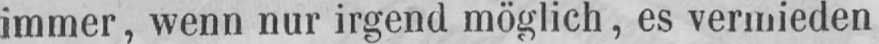
immer, wenn nur irgend möglich, es vermieden